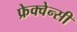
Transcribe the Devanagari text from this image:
फ्रेक्वेन्सी